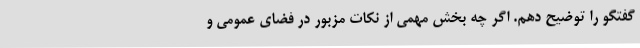
گفتگو را توضیح دهم. اگر چه بخش مهمی از نکات مزبور در فضای عمومی و